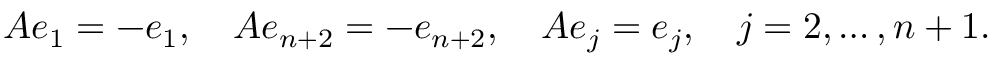
A e _ { 1 } = - e _ { 1 } , \quad A e _ { n + 2 } = - e _ { n + 2 } , \quad A e _ { j } = e _ { j } , \quad j = 2 , \ldots , n + 1 .